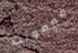
فيرمونت